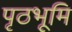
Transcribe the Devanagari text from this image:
पृठभूमि